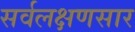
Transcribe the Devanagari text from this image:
सर्वलक्षणसार